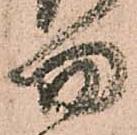
勿